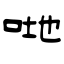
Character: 哋